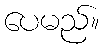
ပေမည်။